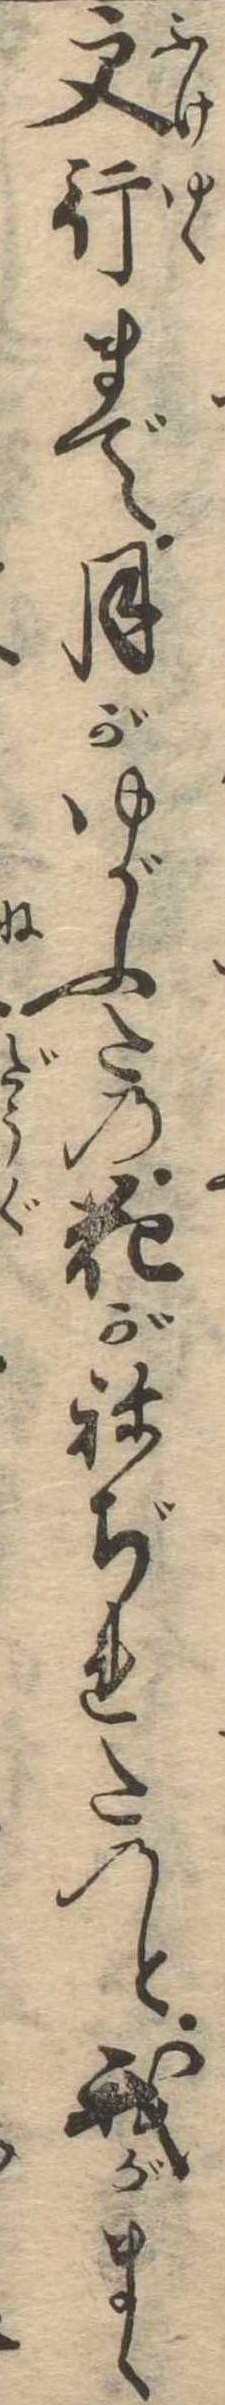
更行まで月がゆがふたの花がねぢれたのと我がまゝ